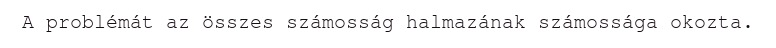
A problémát az összes számosság halmazának számossága okozta.